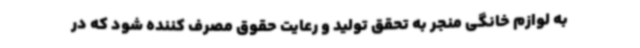
به لوازم خانگی منجر به تحقق تولید و رعایت حقوق مصرف کننده شود که در